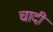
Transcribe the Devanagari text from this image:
चादीं